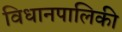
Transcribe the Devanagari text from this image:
विधानपालिकी